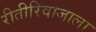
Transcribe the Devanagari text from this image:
रीतीरिवाजाला